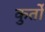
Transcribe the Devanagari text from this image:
कुर्तों